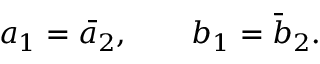
a _ { 1 } = \bar { a } _ { 2 } , \qquad b _ { 1 } = \bar { b } _ { 2 } .